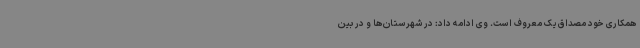
همکاری خود مصداق یک معروف است. وی ادامه داد: در شهرستان‌ها و در بین